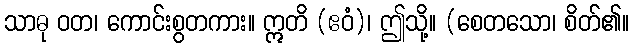
သာဓု ဝတ၊ ကောင်းစွတကား။ ဣတိ (ဧဝံ)၊ ဤသို့။ (စေတသော၊ စိတ်၏။